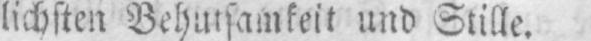
lichsten Behutsamkeit und Stille.